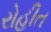
રોહીત